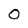
Character: o